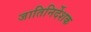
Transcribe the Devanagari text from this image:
जातिनिर्देशक